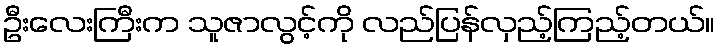
ဦးလေးကြီးက သူဇာလွင့်ကို လည်ပြန်လှည့်ကြည့်တယ်။